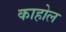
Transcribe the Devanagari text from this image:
काहोल